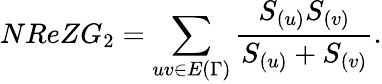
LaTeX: NReZG_{2}=\sum_{uv\in E{(\Gamma)}}\frac{S_{(u)}S_{(v)}}{S_{(u)}+S_{(v)}}.